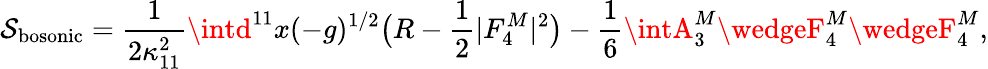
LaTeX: \mathcal{S}_{\mathrm{{bosonic}}}=\frac{{1}}{{2\kappa_{11}^{2}}}\intd^{11}x(-g)^{1/2}\bigl(R-\frac{{1}}{{2}}|F_{4}^{M}|^{2}\bigr)-\frac{{1}}{{6}}\intA_{3}^{M}\wedgeF_{4}^{M}\wedgeF_{4}^{M},